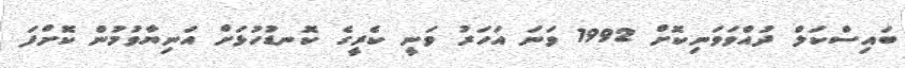
ބައިސްކަލް ދުއްވަވަނިކޮށް 1992 ވަނަ އަހަރު ވަނީ ކެރީގެ ކޮނޑުހުޅަށް އަނިޔާވުމުން ކޮށްފަ